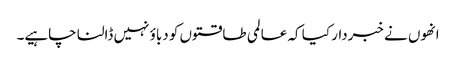
انھوں نے خبردار کیا کہ عالمی طاقتوں کو دباؤ نہیں ڈالنا چاہیے۔